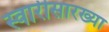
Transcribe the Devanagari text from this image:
स्वारीसारख्या